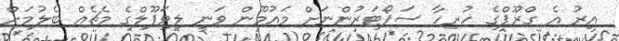
އިރު އެ ގްރޫޕްގެ ހުރިހާ ސަޕޯޓަރުންނަށް މައުމޫން ވަނީ ލިވަޕޫލްގެ މެޗެއް ބެލުމަށް